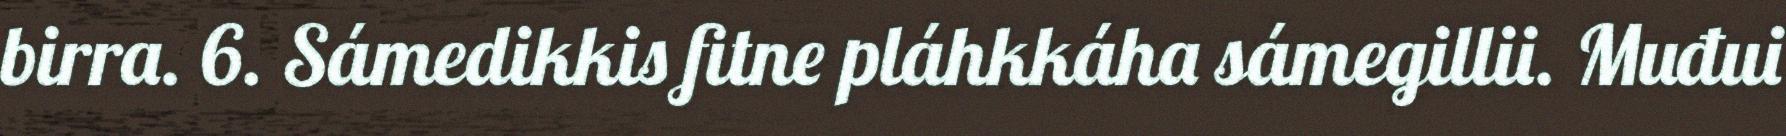
birra. 6. Sámedikkis fitne pláhkkáha sámegillii. Muđui